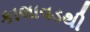
કાલાવડથી